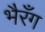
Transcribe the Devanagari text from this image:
भैरँग